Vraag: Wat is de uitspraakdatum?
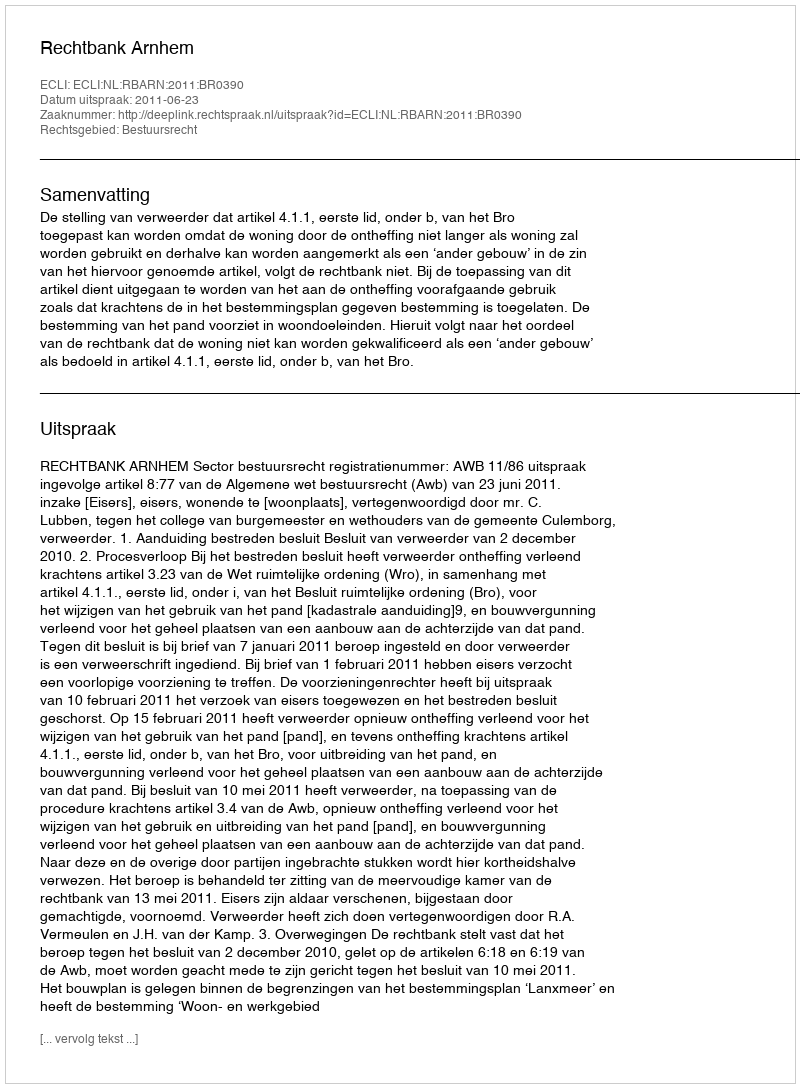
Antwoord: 2011-06-23